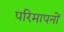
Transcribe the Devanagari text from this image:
परिमापनों